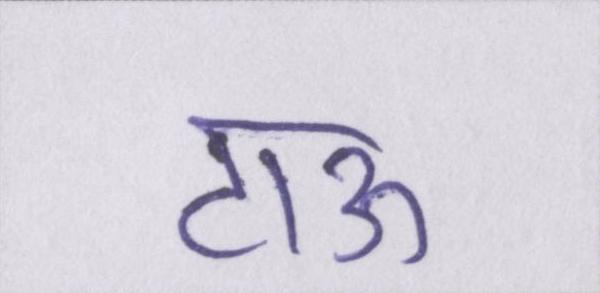
टाऊ